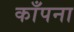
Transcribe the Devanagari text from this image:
काँपना